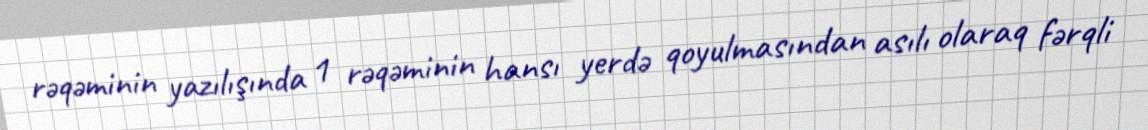
rəqəminin yazılışında 1 rəqəminin hansı yerdə qoyulmasından asılı olaraq fərqli